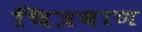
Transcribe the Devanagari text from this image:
चित्रबाण